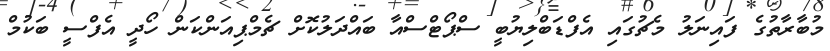
މުބާރާތުގެ ފައިނަލު މެޗުގައި އެފްޑަބްލިޔުބީ ސްޕޯޓްސްއާ ބައްދަލުކޮށް ޗެމްޕިއަންކަން ހޯދީ އެފްސީ ބަކުމް